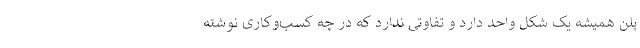
پلن همیشه یک شکل واحد دارد و تفاوتی ندارد که در چه کسب‌وکاری نوشته